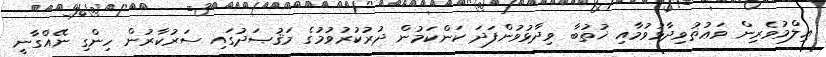
ޢިލްމުވެރިން ވަޢުޡުވިދާޅުވުމާއި ޚުތުބާ ވިދާޅުވުންފަދަ ކަންކަމުން ދުރުކުރުވުމުގެ މަޤުޞަދުގައި ސަރުކާރުން ހިންގި ނޭއްގާނީ